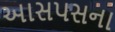
આસપસના